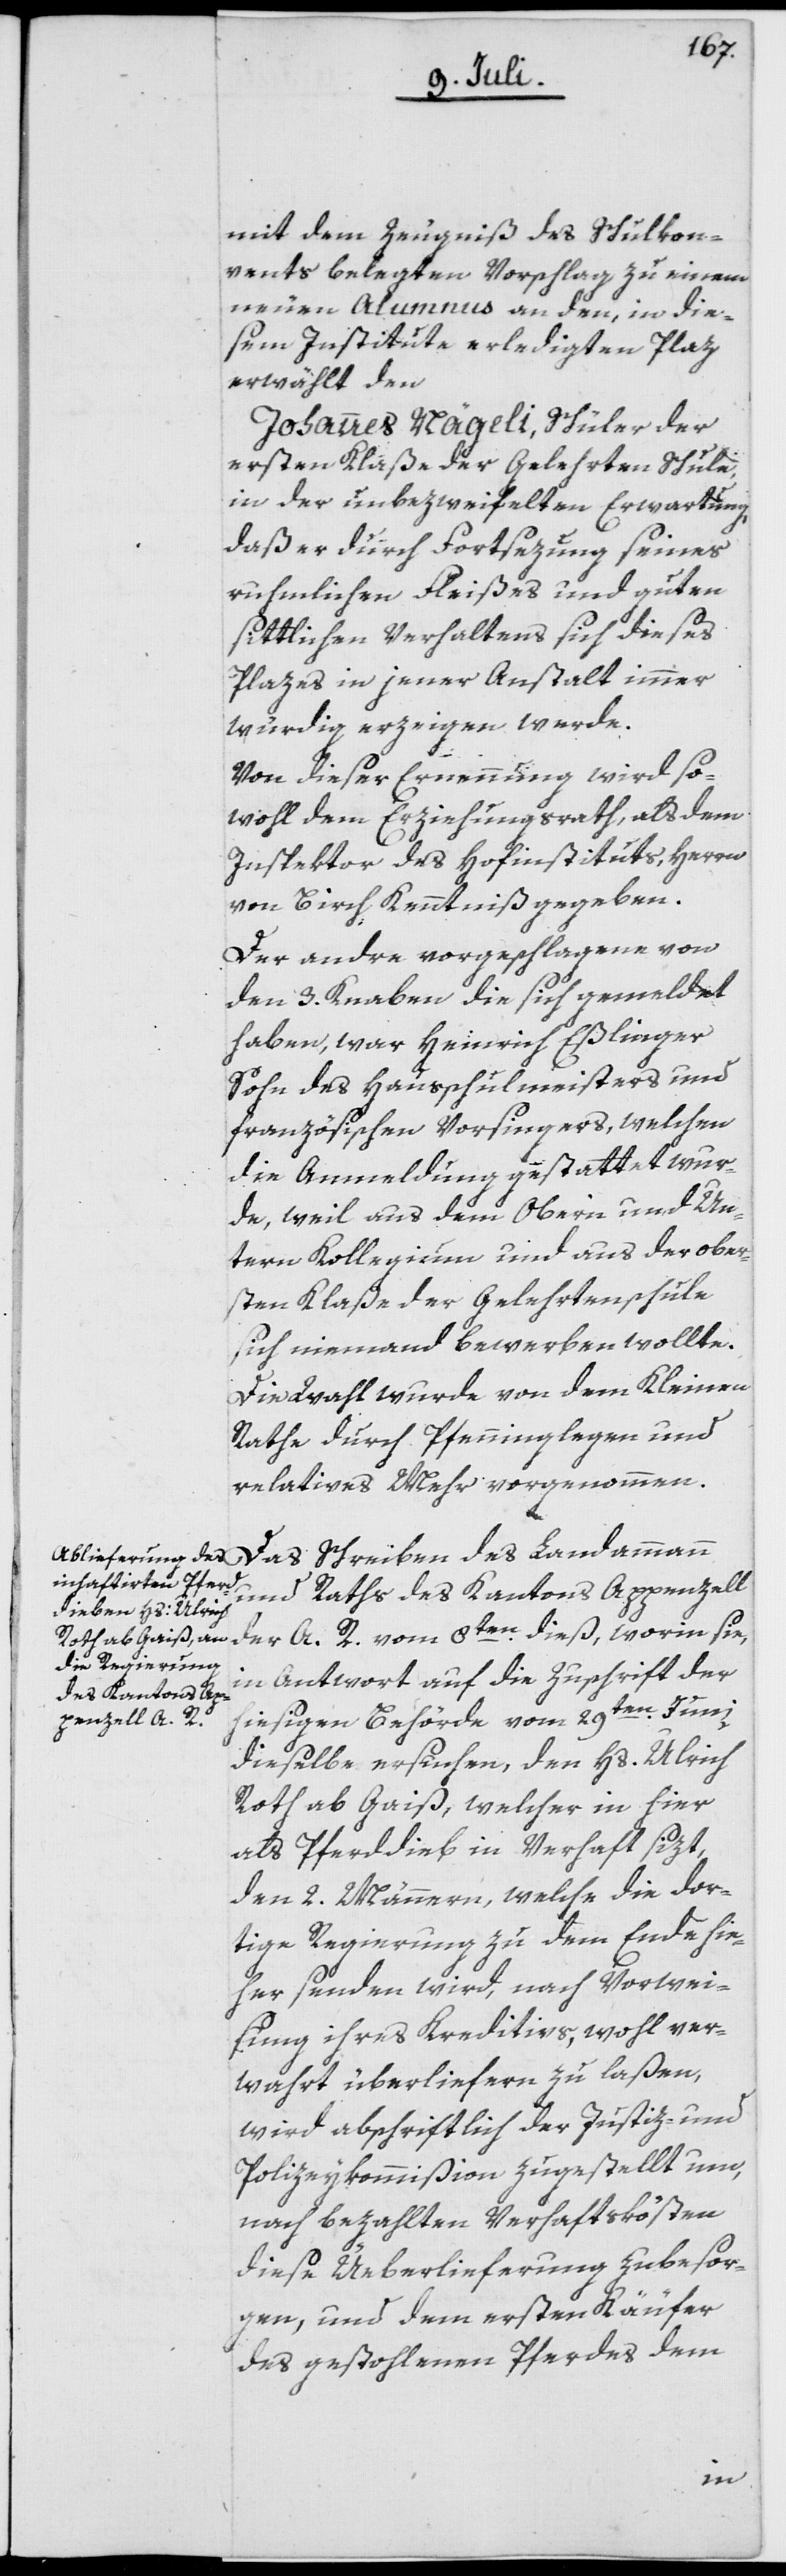
mit dem Zeugniß des Schulkon¬
vents belegten Vorschlag zu einem
neuen Alumnus an den, in die¬
sem Institute erledigten Plaz
erwählt den
Johannes Nägeli, Schüler der
ersten Klaße der Gelehrten Schule,
in der unbezweifelten Erwartung,
daß er durch Fortsezung seines
ruhmlichen Fleißes und guten
sittlichen Verhaltens sich dieses
Plazes in jener Anstalt immer
würdig erzeigen werde.
Von dieser Ernennung wird so¬
wohl dem Erziehungsrath, als dem
Inspektor des Hofinstituts, Herrn
von Birch, Kenntniß gegeben.
Der andre vorgeschlagene von
den 3. Knaben die sich gemeldet
haben, war Heinrich Eßlinger,
Sohn des Hausschulmeisters und
französischen Vorsingers, welchen
die Anmeldung gestattet wur¬
de, weil aus dem Obern und Un¬
tern Kollegium und aus der ober¬
sten Klaße der Gelehrtenschule
sich niemand bewerben wollte.
Die Wahl wurde von dem Kleinen
Rathe durch Pfenninglegen und
relatives Mehr vorgenommen.
Das Schreiben des Landammann
und Raths des Kantons Appenzell
der A. R. vom 8ten dieß, worin sie,
in Antwort auf die Zuschrift der
hiesigen Behörde vom 29ten Juni
dieselbe ersuchen, den Hs. Ulrich
Roth ab Gaiß, welcher in hier
als Pferddieb in Verhaft sizt,
den 2. Männern, welche die dor¬
tige Regierung zu dem Ende hie¬
her senden wird, nach Vorwei¬
sung ihres Kreditivs, wohl ver¬
wahrt überliefern zu laßen,
wird abschriftlich der Justiz- und
Polizeykommißion zugestellt um,
nach bezahlten Verhaftskösten
diese Überlieferung zubesor¬
gen, und dem ersten Käufer
des gestohlenen Pferdes dem